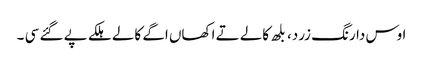
اوس دا رنگ زرد، بلھ کالے تے اکھاں اگے کالے ہلکے پے گئے سی ۔